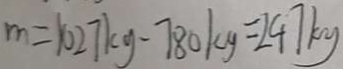
m = 1 0 2 7 k g - 7 8 0 k y = 2 4 7 k g